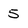
Character: 5